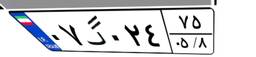
۰۷گ۰۲۴۷۵